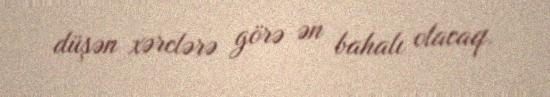
düşən xərclərə görə ən bahalı olacaq.